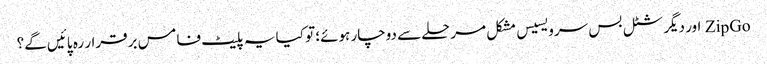
ZipGo اور دیگر شٹل بس سرویسیس مشکل مرحلے سے دوچار ہوئے؛ تو کیا یہ پلیٹ فامس برقرار رہ پائیں گے؟